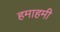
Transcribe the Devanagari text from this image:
हमाहमी